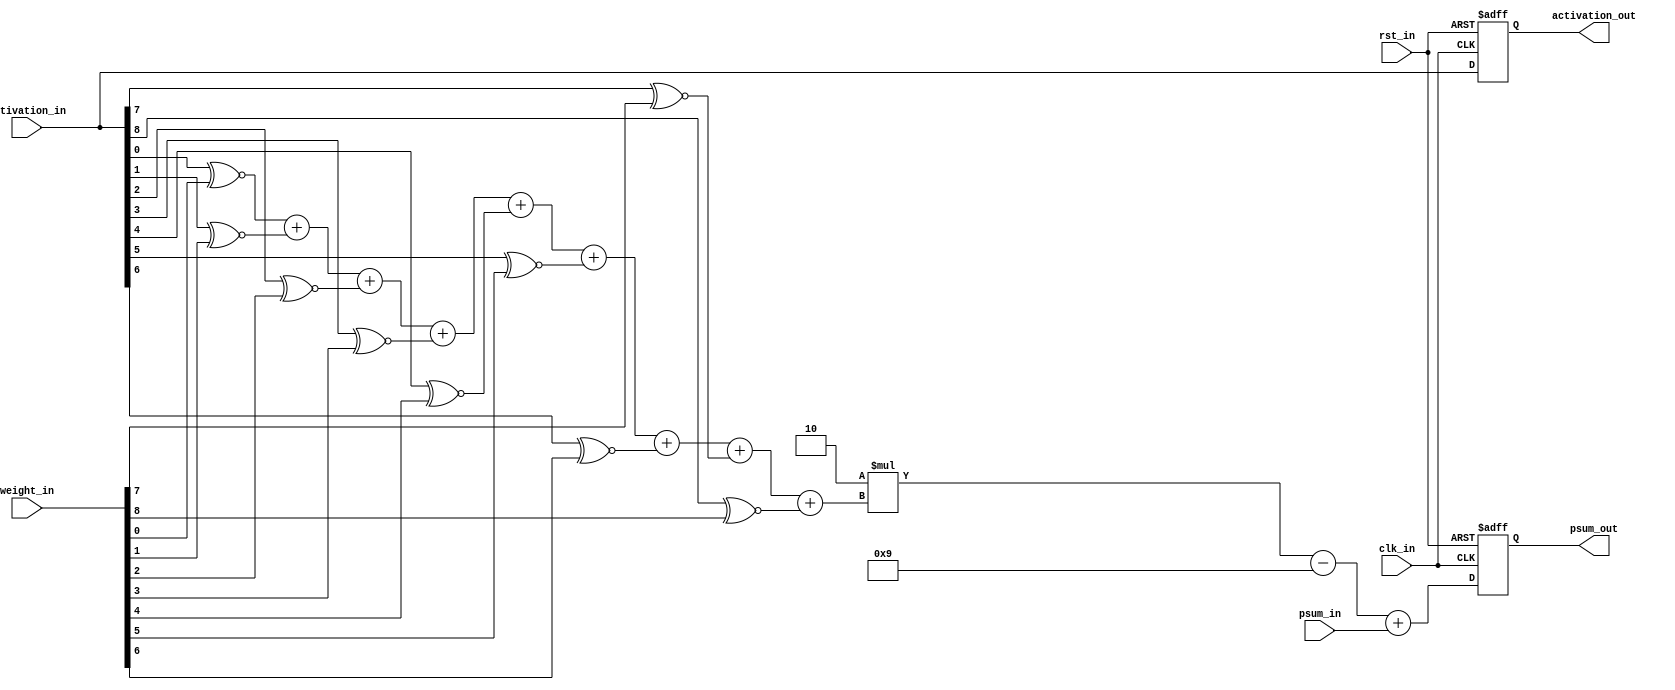
/*
Module: kernel or called processing element
Author: Chia-Jen Nieh
Description: 
    clk_in:          clock
    rst_in:          active low reset
    activation_in:   sliding window in an input layer
    weight_in:       weight of that kernel
    psum_in:         partial sum from previous kernel
    psum_out:        output the some of psum_in and the sum in this kernel
    activation_out:  pass to the kernel below
*/
module kernel (
    clk_in,
    rst_in,
    activation_in,
    weight_in,
    psum_in,
    // skip_in, //Don't do this here because complex
    activation_out,
    psum_out
);

input              clk_in, rst_in;
input        [8:0] activation_in;
input        [8:0] weight_in;
input        [6:0] psum_in;
// input        [3:0] skip_in; //How many inputs are ignored because the size isn't divisible by 9
output reg   [6:0] psum_out; //support 7 kernel, 9*7=63, with a sign bit
output reg   [8:0] activation_out;

reg                partial_product  [0:8];
reg          [3:0] population_count;
reg          [6:0] sum;

integer i;
always @(*) begin
    for (i = 0; i < 9; i = i + 1) begin
        partial_product[i] = activation_in[i] ~^ weight_in[i];
    end
end

always @(*) begin
    population_count = partial_product[0] +
                       partial_product[1] +
                       partial_product[2] +
                       partial_product[3] +
                       partial_product[4] +
                       partial_product[5] +
                       partial_product[6] +
                       partial_product[7] +
                       partial_product[8];    
end

always @(*) begin
    sum = (2 * population_count - 5'd9) + psum_in;
end

always @(posedge clk_in or negedge rst_in) begin
    if (rst_in == 1'b0) begin
        psum_out <= 7'b0;
        activation_out <= 9'd0;
    end
    else begin
        psum_out <= sum;
        activation_out <= activation_in;
    end
end
endmodule